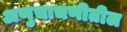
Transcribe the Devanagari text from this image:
अणुचाचणीतील